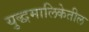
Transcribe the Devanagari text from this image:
युद्धमालिकेतील